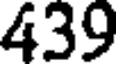
439